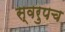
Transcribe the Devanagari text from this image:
स्वरुपच